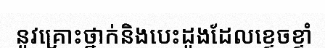
នូវគ្រោះថ្នាក់និងបេះដូងដែលខ្ទេចខ្ទាំ